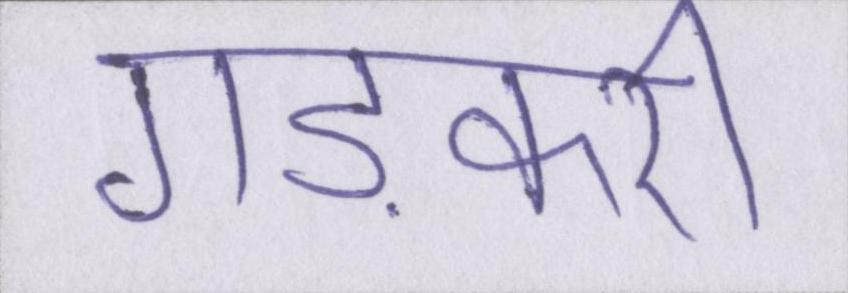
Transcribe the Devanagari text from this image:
गड़करी